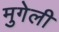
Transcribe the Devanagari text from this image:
मुगेली